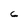
Character: 6